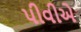
પીવીએ